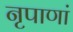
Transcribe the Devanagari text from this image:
नृपाणां